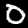
Label: 0